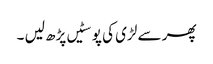
پھر سے لڑی کی پوسٹیں پڑھ لیں ۔